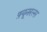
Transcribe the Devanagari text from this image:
फ़्यूनरल्स